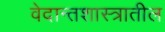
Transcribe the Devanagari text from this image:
वेदान्तशास्त्रातील